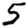
Digit: 5